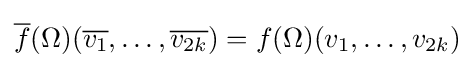
{\overline {f}}(\Omega )({\overline {v_{1}}},\dots ,{\overline {v_{2k}}})=f(\Omega )(v_{1},\dots ,v_{2k})